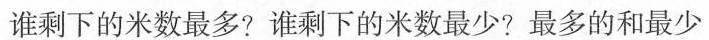
谁剩下的米数最多?谁剩下的米数最少?最多的和最少